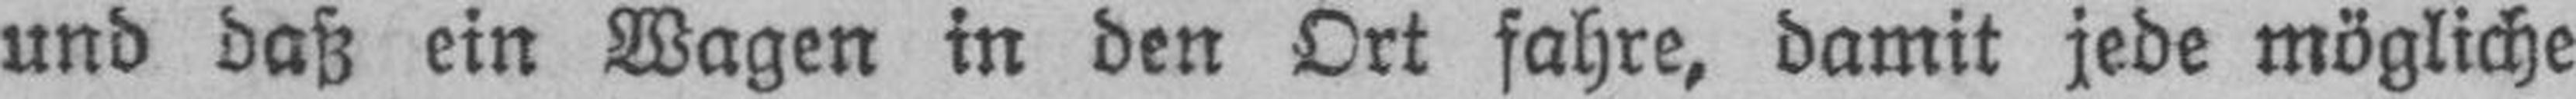
und daß ein Wagen in den Ort fahre, damit jede mögliche